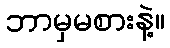
ဘာမှမစားနဲ့။